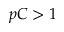
p C > 1